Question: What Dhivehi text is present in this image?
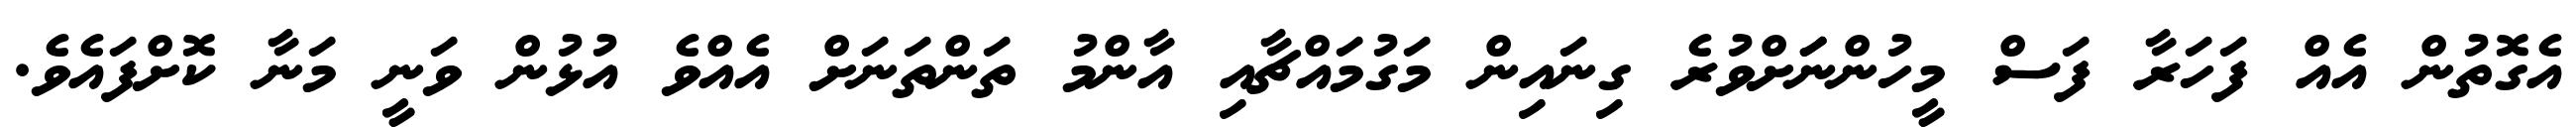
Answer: އެގޮތުން އެއް ފަހަރާ ފަސް މީހުންނަަށްވުރެ ގިނައިން މަގުމައްޗާއި އާންމު ތަންތަނަށް އެއްވެ އުޅުން ވަނީ މަނާ ކޮށްފައެވެ.